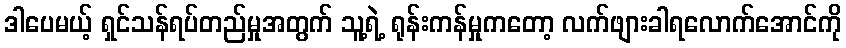
ဒါပေမယ့် ရှင်သန်ရပ်တည်မှုအတွက် သူ့ရဲ့ ရုန်းကန်မှုကတော့ လက်ဖျားခါရလောက်အောင်ကို